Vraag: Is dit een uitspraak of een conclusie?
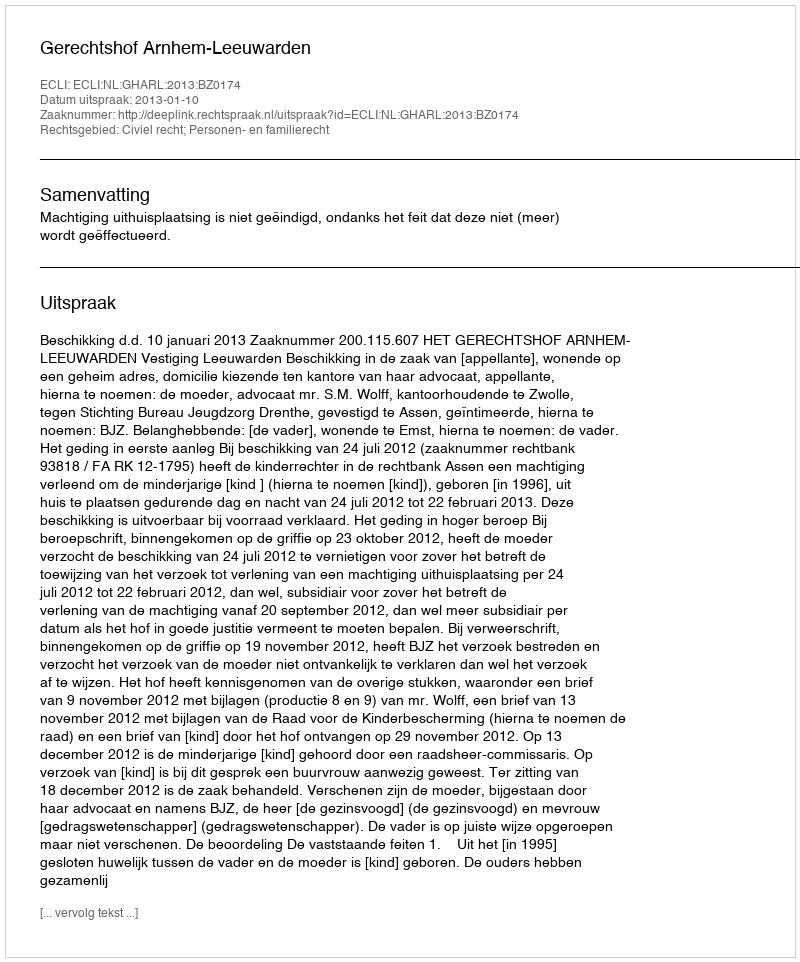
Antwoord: Uitspraak